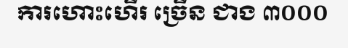
ការហោះហើរ ច្រើន ជាង ៣០០០